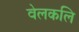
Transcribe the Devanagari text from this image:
वेलकलि